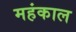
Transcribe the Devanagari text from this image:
महंकाल